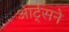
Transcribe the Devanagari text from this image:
आर्ट्‌सने